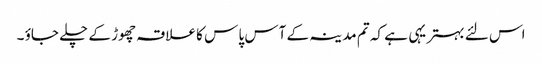
اس لئے بہتر یہی ہے کہ تم مدینہ کے آس پا س کا علاقہ چھوڑ کے چلے جاؤ ۔